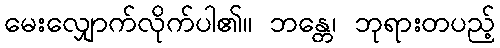
မေးလျှောက်လိုက်ပါ၏။ ဘန္တေ၊ ဘုရားတပည့်